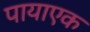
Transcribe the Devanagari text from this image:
पायाएक